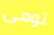
تومى